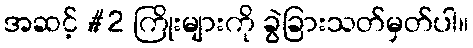
အဆင့် #2 ကြိုးများကို ခွဲခြားသတ်မှတ်ပါ။